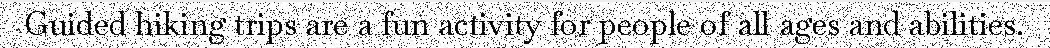
Guided hiking trips are a fun activity for people of all ages and abilities.